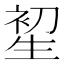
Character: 𤯦